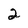
Character: 2